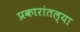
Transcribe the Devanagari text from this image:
प्रकारांतल्या